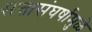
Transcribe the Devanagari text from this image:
सत्तासंघर्षामुळे